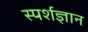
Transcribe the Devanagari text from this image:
स्‍पर्शज्ञान